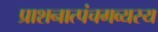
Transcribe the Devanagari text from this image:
प्राशनात्पंचगव्यस्य